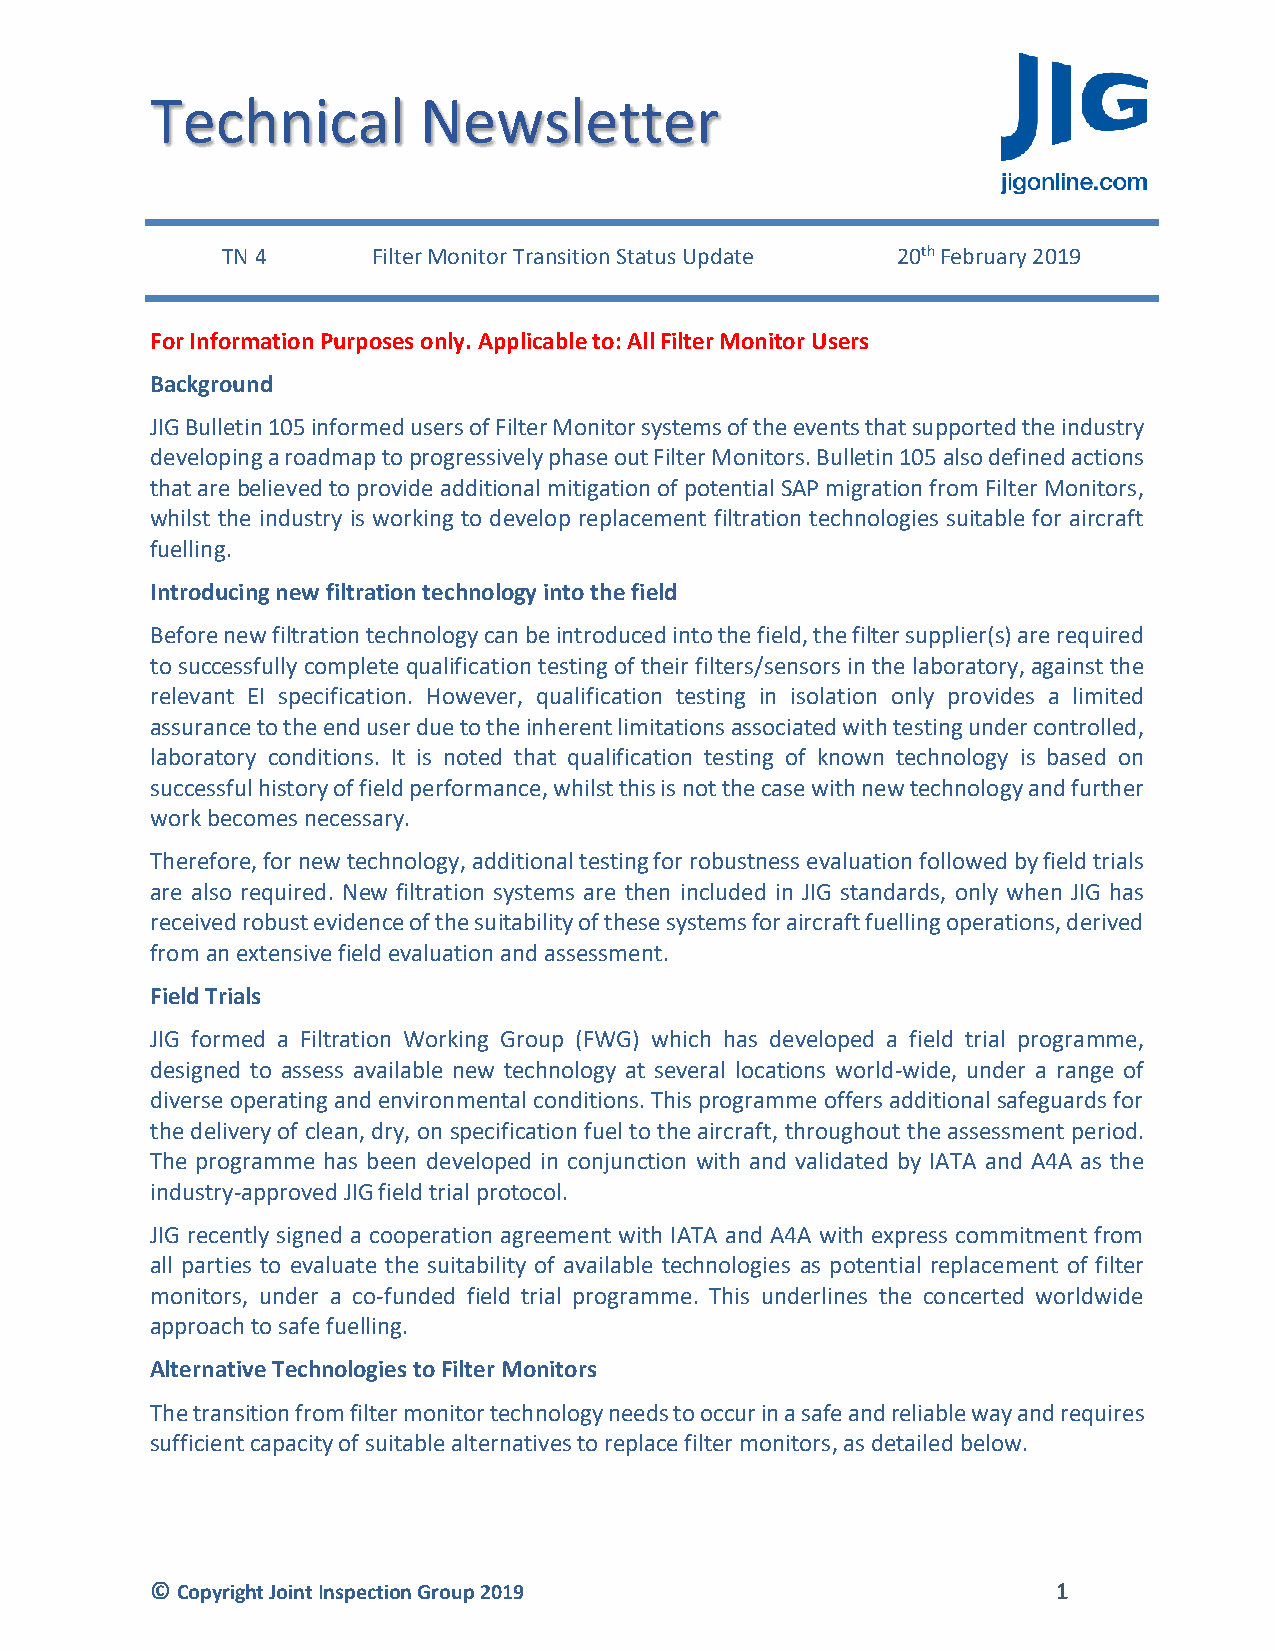
Technical         Newsletter
 TN 4      Filter Monitor Transition Status Update 20th February 2019
 For Information Purposes only. Applicable to: All Filter Monitor Users
 Background
 JIG Bulletin 105 informed users of Filter Monitor systems of the events that supported the industry
 developing a roadmap to progressively phase out Filter Monitors. Bulletin 105 also defined actions
 that are believed to provide additional mitigation of potential SAP migration from Filter Monitors,
 whilst the industry is working to develop replacement filtration technologies suitable for aircraft
 fuelling.
 Introducing new filtration technology into the field
 Before new filtration technology can be introduced into the field, the filter supplier(s) are required
 to successfully complete qualification testing of their filters/sensors in the laboratory, against the
 relevant EI specification. However, qualification testing in isolation only provides a limited
 assurance to the end user due to the inherent limitations associated with testing under controlled,
 laboratory conditions. It is noted that qualification testing of known technology is based on
 successful history of field performance, whilst this is not the case with new technology and further
 work becomes necessary.
 Therefore, for new technology, additional testing for robustness evaluation followed by field trials
 are also required. New filtration systems are then included in JIG standards, only when JIG has
 received robust evidence of the suitability of these systems for aircraft fuelling operations, derived
 from an extensive field evaluation and assessment.
 Field Trials
 JIG formed a Filtration Working Group (FWG) which has developed a field trial programme,
 designed to assess available new technology at several locations world-wide, under a range of
 diverse operating and environmental conditions. This programme offers additional safeguards for
 the delivery of clean, dry, on specification fuel to the aircraft, throughout the assessment period.
 The programme has been developed in conjunction with and validated by IATA and A4A as the
 industry-approved JIG field trial protocol.
 JIG recently signed a cooperation agreement with IATA and A4A with express commitment from
 all parties to evaluate the suitability of available technologies as potential replacement of filter
 monitors, under a co-funded field trial programme. This underlines the concerted worldwide
 approach to safe fuelling.
 Alternative Technologies to Filter Monitors
 The transition from filter monitor technology needs to occur in a safe and reliable way and requires
 sufficient capacity of suitable alternatives to replace filter monitors, as detailed below.
 © Copyright Joint Inspection Group 2019                     1